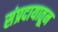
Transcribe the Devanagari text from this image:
संप्रदायातून